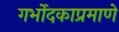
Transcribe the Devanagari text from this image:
गर्भोदकाप्रमाणे